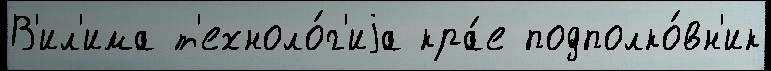
В'ил'има т'ехноло́г'иjа кра́е подполко́вн'ик